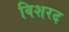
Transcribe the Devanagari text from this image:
विशरद